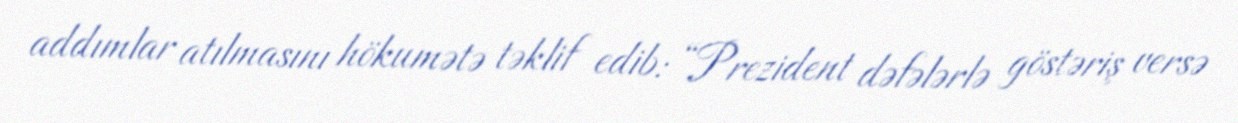
addımlar atılmasını hökumətə təklif edib: “Prezident dəfələrlə göstəriş versə